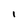
Character: I